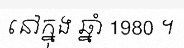
នៅក្នុង ឆ្នាំ 1980 ។